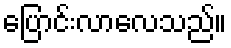
ပြောင်းလာလေသည်။